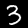
Label: 3